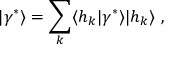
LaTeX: | \gamma ^ { \ast } \rangle = \sum _ { k } \langle h _ { k } | \gamma ^ { \ast } \rangle | h _ { k } \rangle \ ,